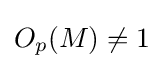
O_{p}(M)\not =1